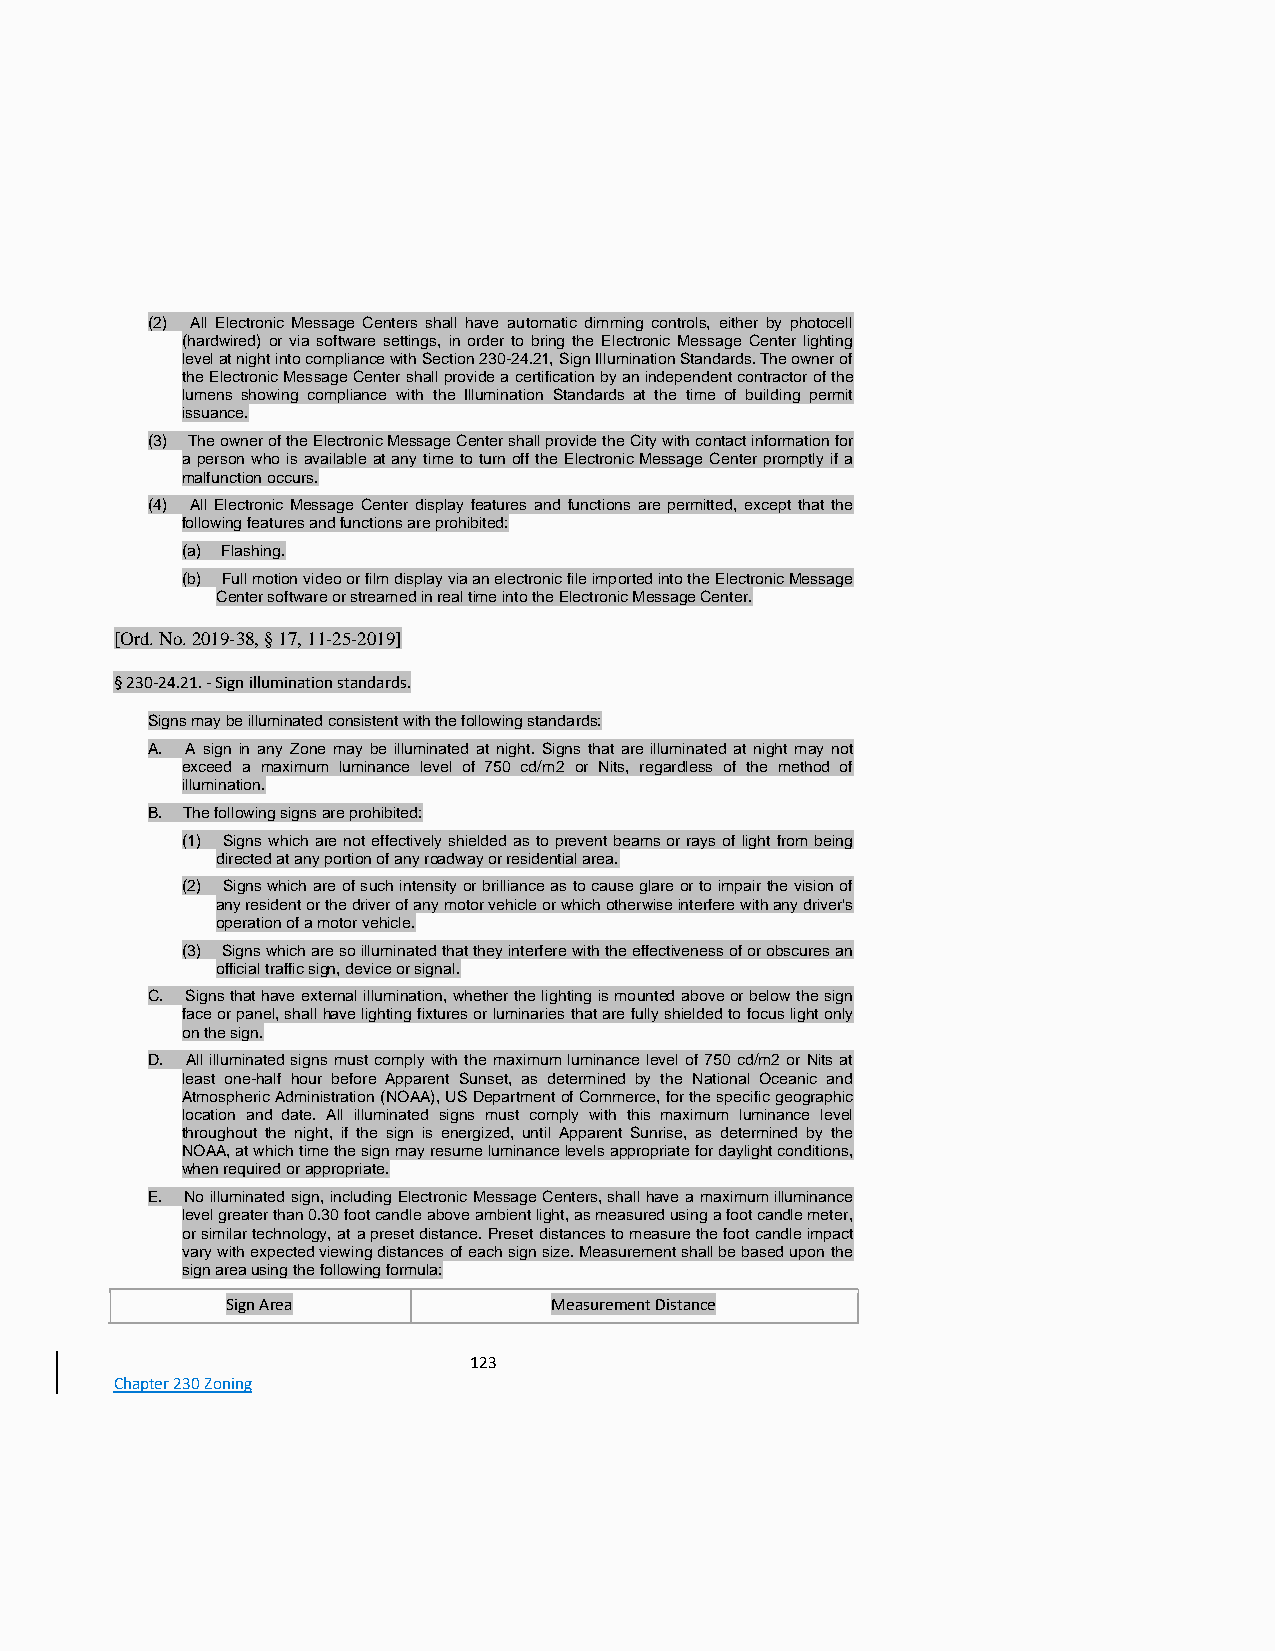
(2) All Electronic Message Centers shall have automatic dimming controls, either by photocell
 (hardwired) or via software settings, in order to bring the Electronic Message Center lighting
 level at night into compliance with Section 230-24.21, Sign Illumination Standards. The owner of
 the Electronic Message Center shall provide a certification by an independent contractor of the
 lumens showing compliance with the Illumination Standards at the time of building permit
 issuance.
 (3) The owner of the Electronic Message Center shall provide the City with contact information for
 a person who is available at any time to turn off the Electronic Message Center promptly if a
 malfunction occurs.
 (4) All Electronic Message Center display features and functions are permitted, except that the
 following features and functions are prohibited:
 (a) Flashing.
 (b) Full motion video or film display via an electronic file imported into the Electronic Message
 Center software or streamed in real time into the Electronic Message Center.
 [Ord. No. 2019-38, § 17, 11-25-2019]
 § 230-24.21. - Sign illumination standards.
 Signs may be illuminated consistent with the following standards:
 A. A sign in any Zone may be illuminated at night. Signs that are illuminated at night may not
 exceed a maximum luminance level of 750 cd/m2 or Nits, regardless of the method of
 illumination.
 B. The following signs are prohibited:
 (1) Signs which are not effectively shielded as to prevent beams or rays of light from being
 directed at any portion of any roadway or residential area.
 (2) Signs which are of such intensity or brilliance as to cause glare or to impair the vision of
 any resident or the driver of any motor vehicle or which otherwise interfere with any driver's
 operation of a motor vehicle.
 (3) Signs which are so illuminated that they interfere with the effectiveness of or obscures an
 official traffic sign, device or signal.
 C. Signs that have external illumination, whether the lighting is mounted above or below the sign
 face or panel, shall have lighting fixtures or luminaries that are fully shielded to focus light only
 on the sign.
 D. All illuminated signs must comply with the maximum luminance level of 750 cd/m2 or Nits at
 least one-half hour before Apparent Sunset, as determined by the National Oceanic and
 Atmospheric Administration (NOAA), US Department of Commerce, for the specific geographic
 location and date. All illuminated signs must comply with this maximum luminance level
 throughout the night, if the sign is energized, until Apparent Sunrise, as determined by the
 NOAA, at which time the sign may resume luminance levels appropriate for daylight conditions,
 when required or appropriate.
 E. No illuminated sign, including Electronic Message Centers, shall have a maximum illuminance
 level greater than 0.30 foot candle above ambient light, as measured using a foot candle meter,
 or similar technology, at a preset distance. Preset distances to measure the foot candle impact
 vary with expected viewing distances of each sign size. Measurement shall be based upon the
 sign area using the following formula:
 Sign Area             Measurement Distance
 123
 Chapter 230 Zoning